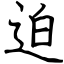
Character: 迫